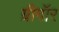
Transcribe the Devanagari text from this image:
ग्रीगॉर